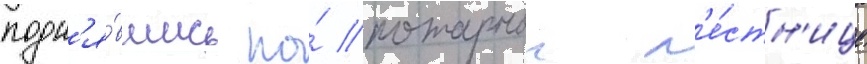
подн'я́вшись по́ пожарнои л'е́стн'ице